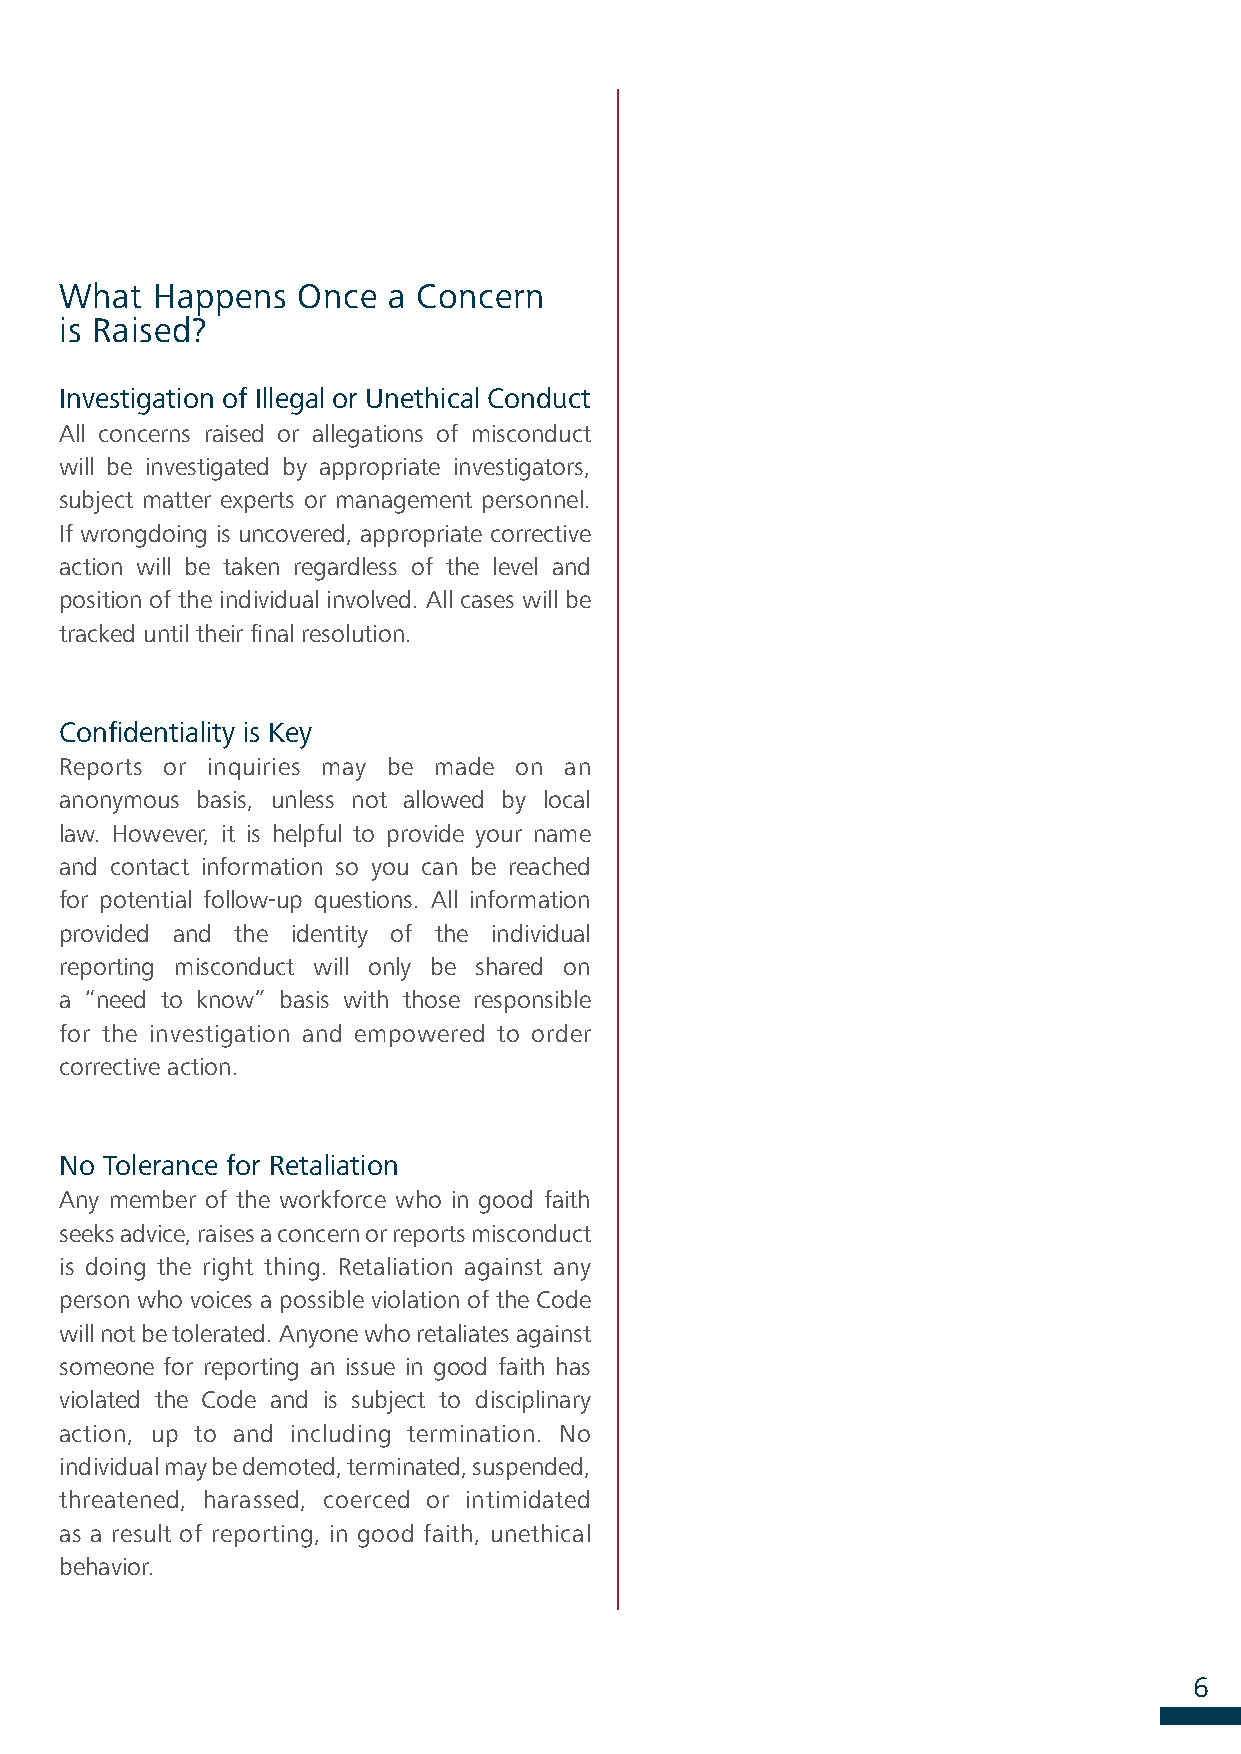
What  Happens   Once  a Concern
 is Raised?
 Investigation of Illegal or Unethical Conduct
 All concerns raised or allegations of misconduct
 will be investigated by appropriate investigators,
 subject matter experts or management personnel.
 If wrongdoing is uncovered, appropriate corrective
 action will be taken regardless of the level and
 position of the individual involved. All cases will be
 tracked until their final resolution.
 Confidentiality is Key
 Reports or inquiries may be made on an
 anonymous basis, unless not allowed by local
 law. However, it is helpful to provide your name
 and contact information so you can be reached
 for potential follow-up questions. All information
 provided and the identity of the individual
 reporting misconduct will only be shared on
 a “need to know” basis with those responsible
 for the investigation and empowered to order
 corrective action.
 No Tolerance for Retaliation
 Any member of the workforce who in good faith
 seeks advice, raises a concern or reports misconduct
 is doing the right thing. Retaliation against any
 person who voices a possible violation of the Code
 will not be tolerated. Anyone who retaliates against
 someone for reporting an issue in good faith has
 violated the Code and is subject to disciplinary
 action, up to and including termination. No
 individual may be demoted, terminated, suspended,
 threatened, harassed, coerced or intimidated
 as a result of reporting, in good faith, unethical
 behavior.
 6